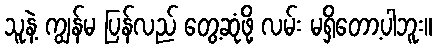
သူနဲ့ ကျွန်မ ပြန်လည် တွေ့ဆုံဖို့ လမ်း မရှိတော့ပါဘူး။